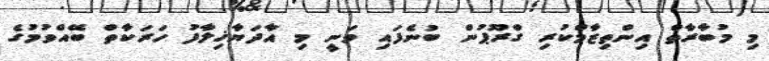
މި މުބާރާތް އިންތިޒާމްކުރި ގްރޫޕުން ބުނެފައި ވަނީ މި އާދަޔާޚިލާފު ހަރަކާތް ބޭއްވުމުގެ